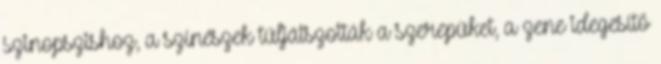
szinopszishoz, a színészek túljátszották a szerepüket, a zene idegesítő